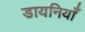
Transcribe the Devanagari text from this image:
डायनियाँ